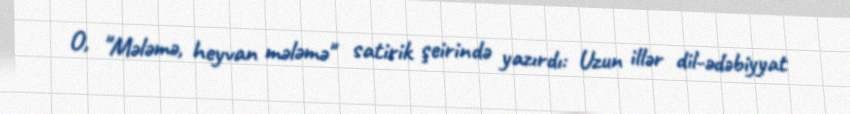
O, "Mələmə, heyvan mələmə" satirik şeirində yazırdı: Uzun illər dil-ədəbiyyat